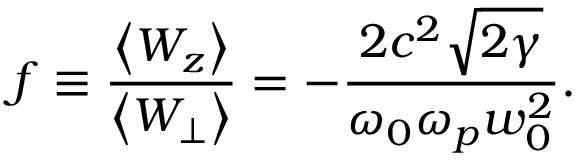
f \equiv \frac { \left\langle W _ { z } \right\rangle } { \left\langle W _ { \perp } \right\rangle } = - \frac { 2 c ^ { 2 } \sqrt { 2 \gamma } } { \omega _ { 0 } \omega _ { p } w _ { 0 } ^ { 2 } } .